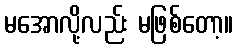
မအောလို့လည်း မဖြစ်တော့။